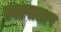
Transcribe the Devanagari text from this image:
स्वल्पालाप